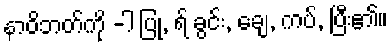
နာဝိဘတ်ကို -ါ ပြု, ရ် ခွင်း, ချေ, ကပ်, ပြီး၏။